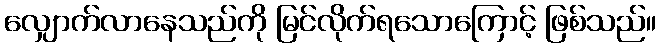
လျှောက်လာနေသည်ကို မြင်လိုက်ရသောကြောင့် ဖြစ်သည်။